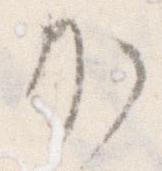
か